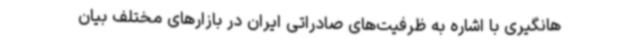
هانگیری با اشاره به ظرفیت‌های صادراتی ایران در بازارهای مختلف بیان